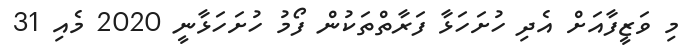
މި ވަޒީފާއަށް އެދި ހުށަހަޅާ ފަރާތްތަކުން ފޯމު ހުށަހަޅާނީ 2020 މެއި 31